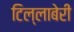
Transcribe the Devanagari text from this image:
टिल्लाबेरी